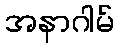
အနာဂါမ်